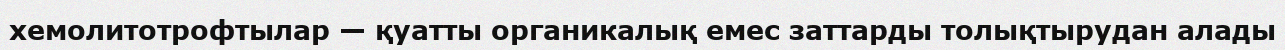
хемолитотрофтылар — қуатты органикалық емес заттарды толықтырудан алады